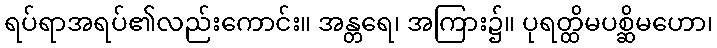
ရပ်ရာအရပ်၏လည်းကောင်း။ အန္တရေ၊ အကြား၌။ ပုရတ္ထိမပစ္ဆိမဟော၊